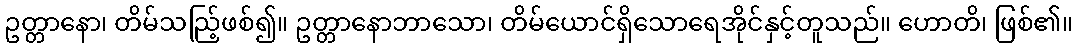
ဥတ္တာနော၊ တိမ်သည်ြ့ဖစ်၍။ ဥတ္တာနောဘာသော၊ တိမ်ယောင်ရှိသောရေအိုင်နှင့်တူသည်။ ဟောတိ၊ ဖြစ်၏။